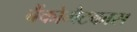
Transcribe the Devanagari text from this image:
बैंकोमैटकास